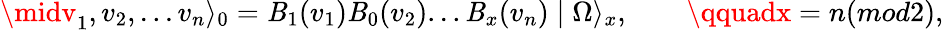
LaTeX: \midv_{1},v_{2},...v_{n}\rangle_{0}=\mathit{B}_{1}(v_{1})\mathit{B}_{0}(v_{2})...\mathit{B}_{x}(v_{n})\mid\Omega\rangle_{x},\qquad\qquadx=n(mod2),